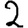
Digit: 2